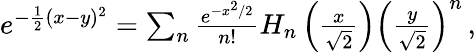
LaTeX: \begin{array}{r}{e^{-\frac{1}{2}(x-y)^{2}}=\sum_{n}\frac{e^{-x^{2}/2}}{n!}H_{n}\left(\frac{x}{\sqrt{2}}\right)\left(\frac{y}{\sqrt{2}}\right)^{n}\, ,}\end{array}